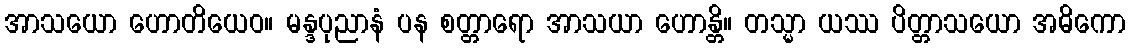
အာသယော ဟောတိယေဝ။ မန္ဒပုညာနံ ပန စတ္တာရော အာသယာ ဟောန္တိ။ တသ္မာ ယဿ ပိတ္တာသယော အဓိကော